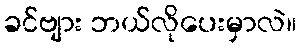
ခင်ဗျား ဘယ်လိုပေးမှာလဲ။